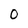
Character: O